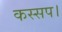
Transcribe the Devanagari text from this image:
कस्सप।